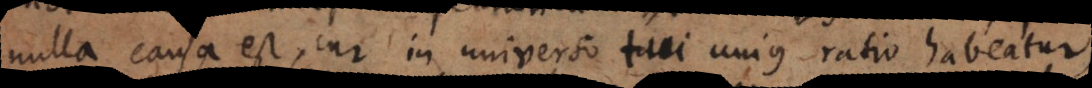
nulla causa est, cur in universo tui unius ratio habeatur